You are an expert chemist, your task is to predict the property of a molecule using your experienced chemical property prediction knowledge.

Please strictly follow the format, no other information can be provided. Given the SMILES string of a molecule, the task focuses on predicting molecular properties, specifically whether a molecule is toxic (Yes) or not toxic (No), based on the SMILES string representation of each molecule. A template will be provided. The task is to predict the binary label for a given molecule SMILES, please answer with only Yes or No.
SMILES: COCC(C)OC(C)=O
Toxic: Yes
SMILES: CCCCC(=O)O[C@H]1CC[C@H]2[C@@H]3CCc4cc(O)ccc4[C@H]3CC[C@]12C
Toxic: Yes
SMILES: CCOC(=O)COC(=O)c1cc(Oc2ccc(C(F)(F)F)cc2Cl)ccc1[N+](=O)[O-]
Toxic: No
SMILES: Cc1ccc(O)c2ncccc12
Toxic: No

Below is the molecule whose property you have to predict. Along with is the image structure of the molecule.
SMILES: CC(C)CCC[C@@H](C)[C@H]1CC[C@H]2[C@@H]3CC[C@@H]4C[C@H](O)CC[C@]4(C)[C@H]3CC[C@@]21C
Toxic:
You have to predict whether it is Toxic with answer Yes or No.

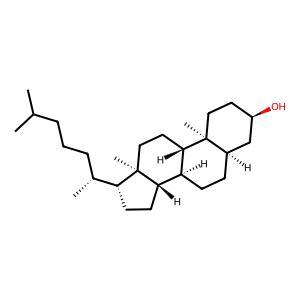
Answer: No